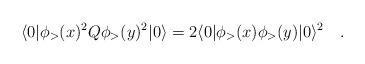
LaTeX: \begin{align*}\langle 0|\phi_>(x)^2Q\phi_>(y)^2|0\rangle= 2\langle 0|\phi_>(x)\phi_>(y)|0\rangle^2\quad.\end{align*}